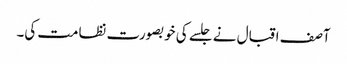
آصف اقبال نے جلسے کی خوبصورت نظامت کی۔